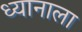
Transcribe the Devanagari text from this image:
ध्यानाला